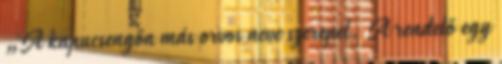
„A kapucsengőn más orvos neve szerepel. A rendelő egy